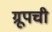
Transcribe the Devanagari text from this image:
ग्रूपची